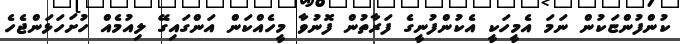
ކުންފުންޏަކުން ނަމަ އެމީހަކީ އެކުންފުނީގެ ފަރާތުން ފޮނުވާ މީހެއްކަން އަންގައިގޭ ލިއުމެއް ހުށަހަޅަންޖެހެ